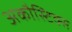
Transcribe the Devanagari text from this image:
अकौस्टिक्स